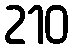
210